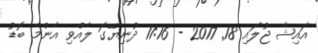
އައިޝާ ޖުލައި 18